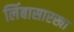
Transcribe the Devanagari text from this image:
लिंबासारखा